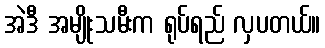
အဲဒီ အမျိုးသမီးက ရုပ်ရည် လှပတယ်။